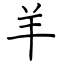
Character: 羊